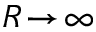
R \! \rightarrow \! \infty